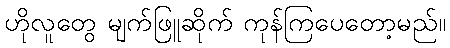
ဟိုလူတွေ မျက်ဖြူဆိုက် ကုန်ကြပေတော့မည်။